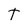
Character: T